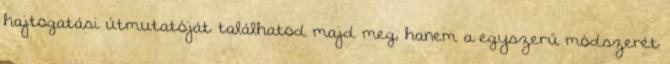
hajtogatási útmutatóját találhatod majd meg, hanem a egyszerű módszerét